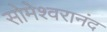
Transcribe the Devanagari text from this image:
सोमेश्वरानंद